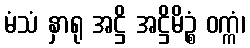
မံသံ နှာရု အဋ္ဌိ အဋ္ဌိမိဉ္စံ ဝက္ကံ၊